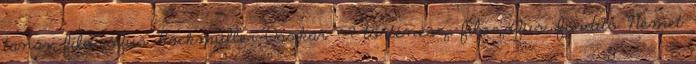
tanár, filozófus Hackmüller Oszkár ?-? történész, filozófus, fordító Német